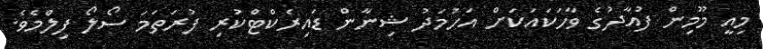
މިއީ މޫމިން ފުއާދުގެ ވާހަކައަކަށް އަހުމަދު ޝިނާން ޑައިރެކްޓްކުރި ފުރަތަމަ ސޯލޯ ފިލްމެވެ.